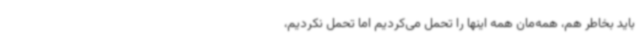
باید بخاطر هم، همه‌مان همه اینها را تحمل می‌کردیم اما تحمل نکردیم،